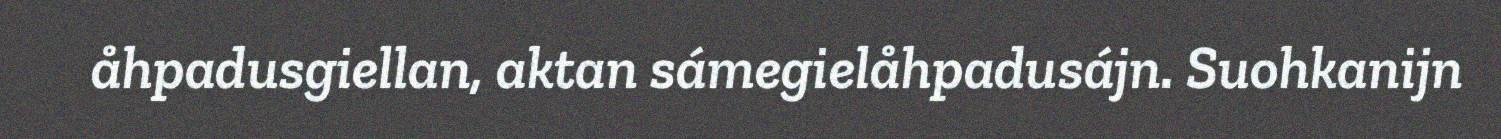
åhpadusgiellan, aktan sámegielåhpadusájn. Suohkanijn